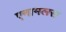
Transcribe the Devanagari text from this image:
एनामलस